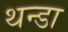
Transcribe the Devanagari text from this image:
थन्डा